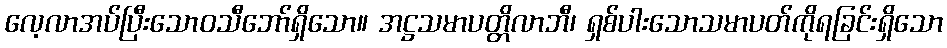
လေ့လာအပ်ပြီးသောဝသီဘော်ရှိသော။ အဋ္ဌသမာပတ္တိလာဘီ၊ ရှစ်ပါးသောသမာပတ်ကိုရခြင်းရှိသော